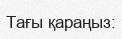
Тағы қараңыз: